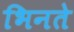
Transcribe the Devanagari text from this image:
भिनते